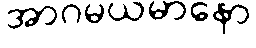
အာဂမယမာနော